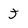
Character: j